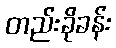
တည်းခိုခန်း